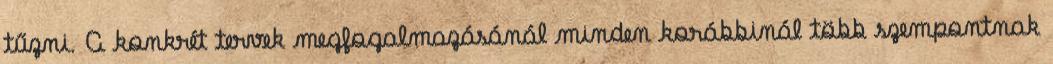
tűzni. A konkrét tervek megfogalmazásánál minden korábbinál több szempontnak